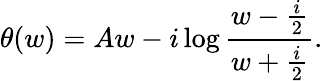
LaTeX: \theta(w)=Aw-i\log{\frac{w-{\frac{i}{2}}}{w+{\frac{i}{2}}}}.